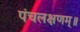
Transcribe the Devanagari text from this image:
पंचलक्षणम्‌॥